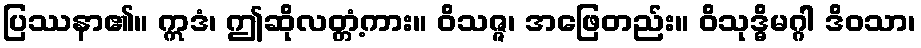
ပြဿနာ၏။ ဣဒံ၊ ဤဆိုလတ္တံ့ကား။ ဝိသဇ္ဇ၊ အဖြေတည်း။ ဝိသုဒ္ဓိမဂ္ဂါ ဒိဝသာ၊